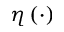
\eta \left( \cdot \right)